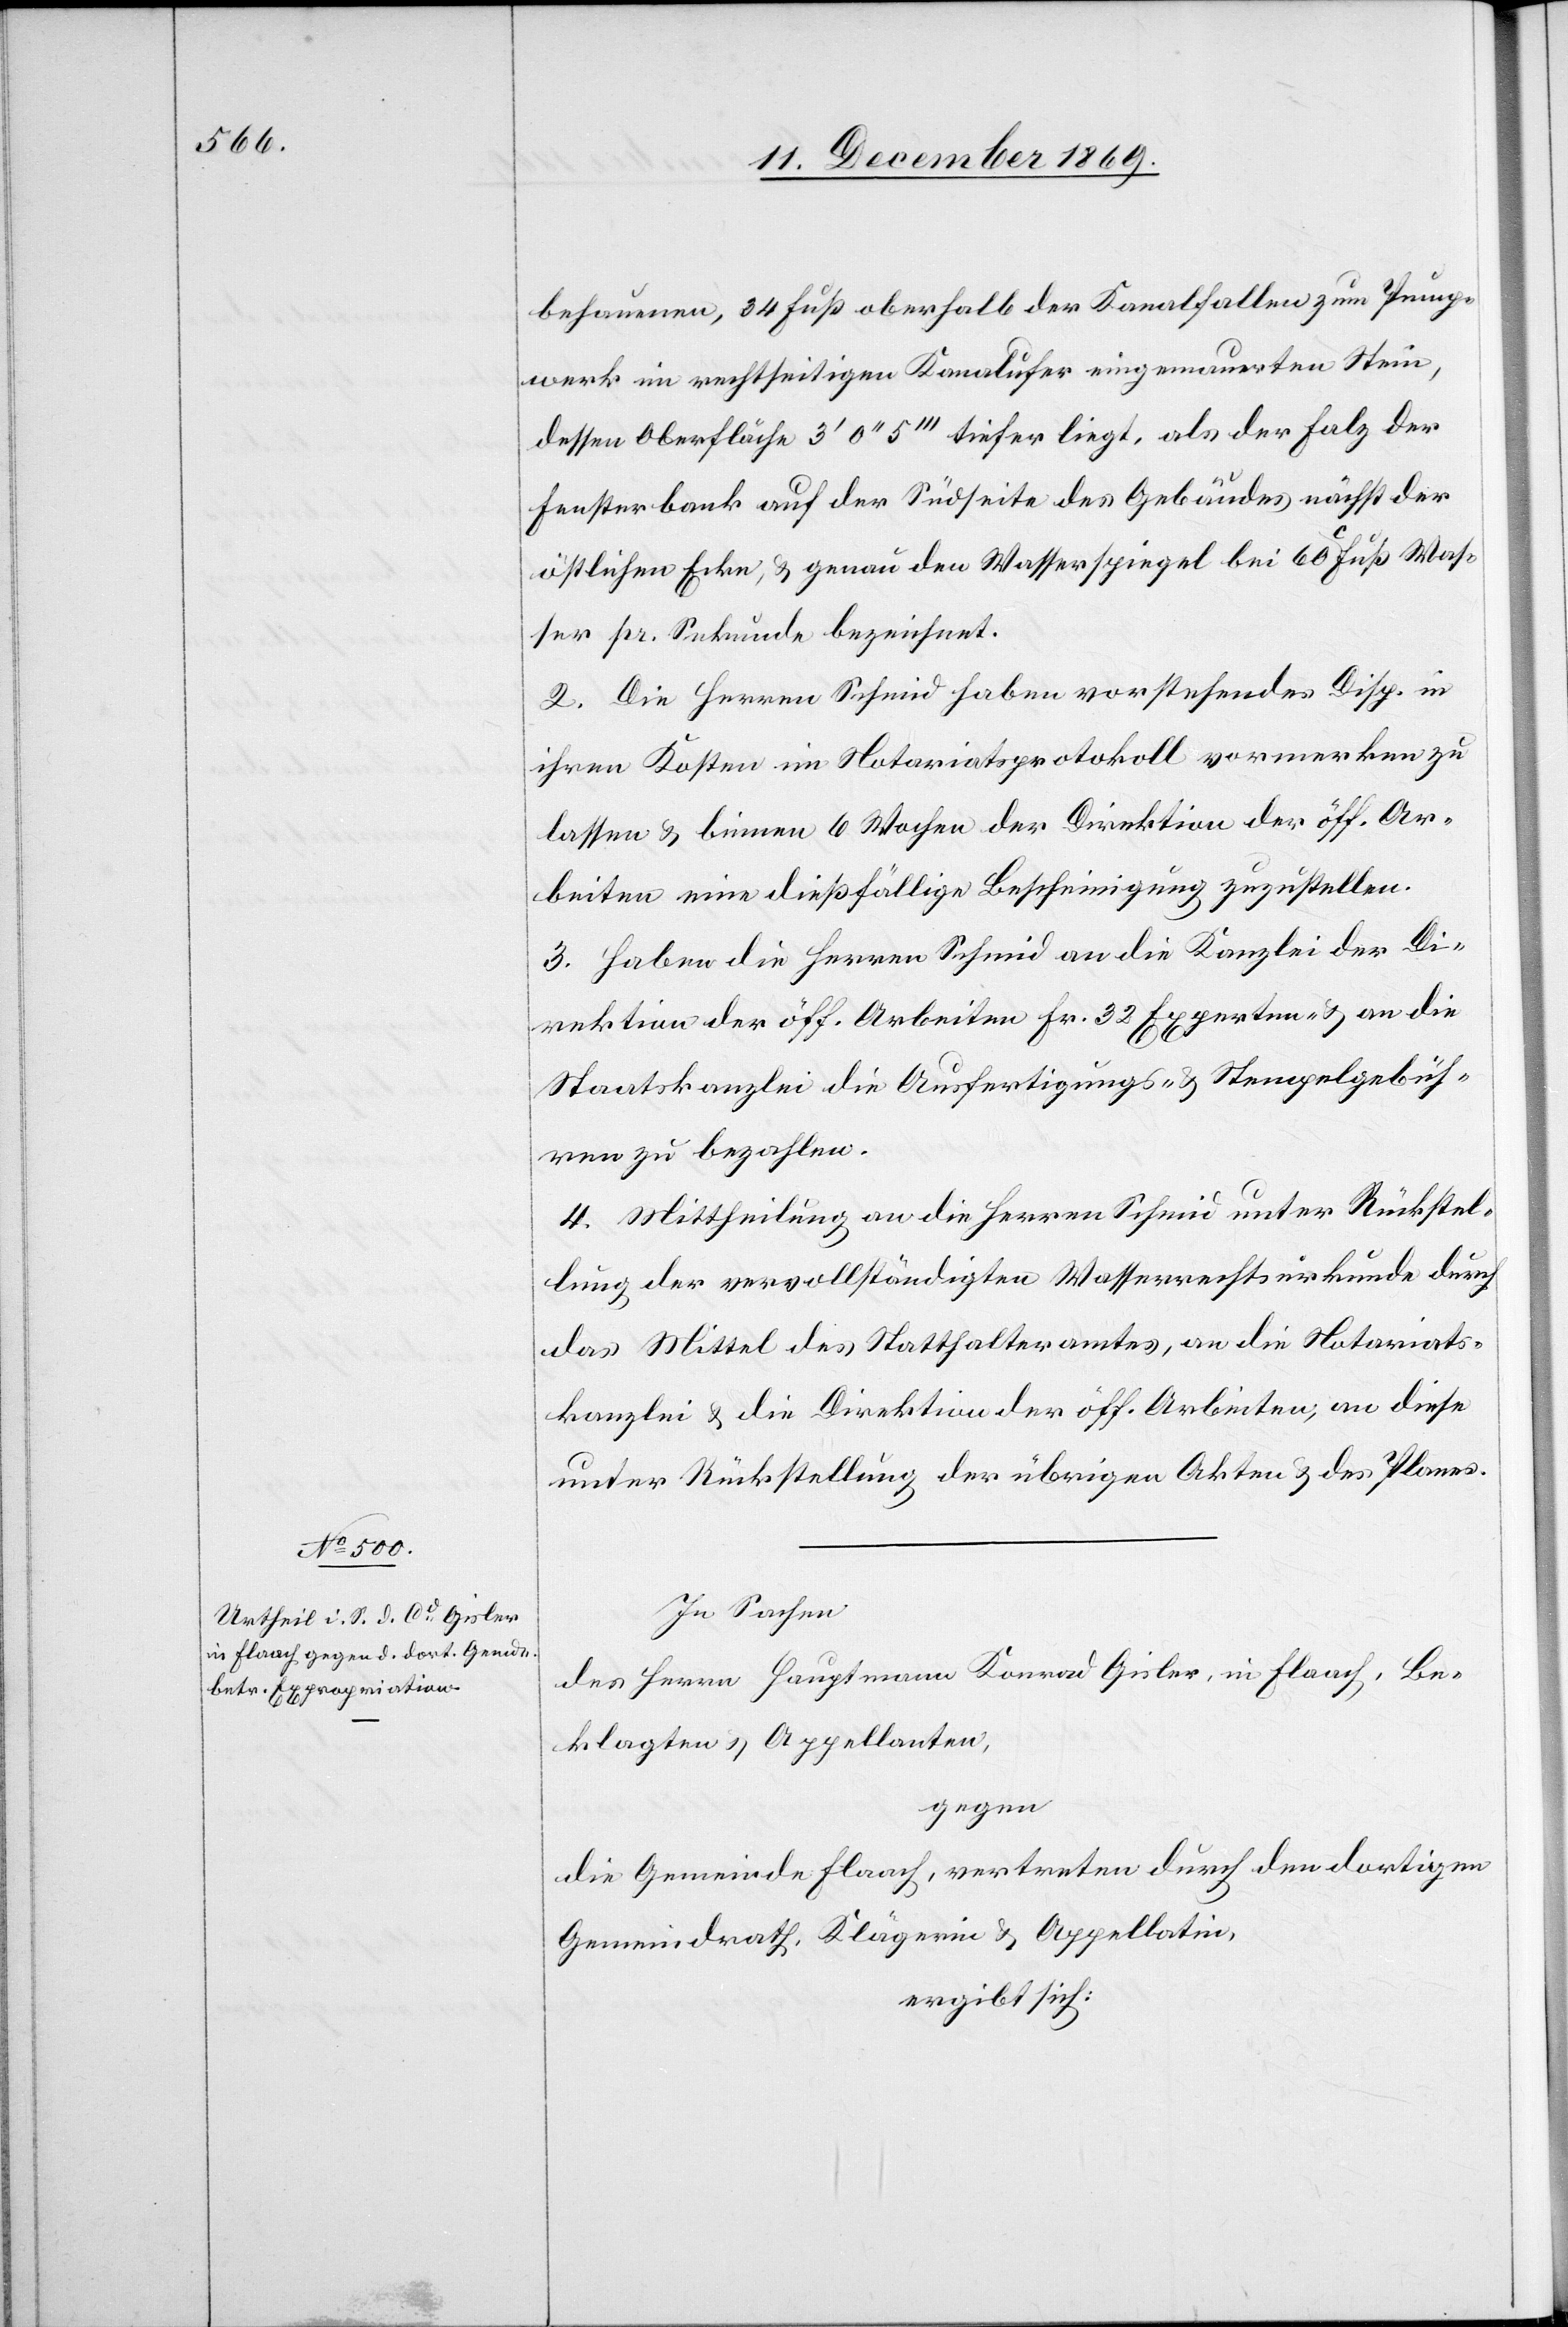
behauenen, 34 Fuß oberhalb der Kanalfallen zum Pump¬
werk im rechtseitigen Kanalufer eingemauerten Stein,
dessen Oberfläche 3‘ 0‘‘ 5‘‘‘ tiefer liegt, als der Falz der
Fensterbank auf der Südseite des Gebäudes nächst der
östlichen Ecke, & genau den Wasserspiegel bei 60 C. Fuß Was¬
ser pr. Sekunde bezeichnet.
2. Die Herren Schmid haben vorstehendes Disp. in
ihren Kosten im Notariatsprotokoll vormerken zu
lassen & binnen 6 Wochen der Direktion der öff. Ar¬
beiten eine dießfällige Bescheinigung zuzustellen.
3. Haben die Herren Schmid an die Kanzlei der Di¬
rektion der öff. Arbeiten Fr. 32 Experten- & an die
Staatskanzlei die Ausfertigungs- & Stempelgebüh¬
ren zu bezahlen.
4. Mittheilung an die Herren Schmid unter Rückstel¬
lung der vervollständigten Wasserrechtsurkunde durch
das Mittel des Statthalteramtes, an die Notariats¬
kanzlei & die Direktion der öff. Arbeiten, an diese
unter Rückstellung der übrigen Akten & des Planes.
In Sachen
des Herrn Hauptmann Konrad Gisler, in Flaach, Be¬
klagten & Appellanten,
gegen
die Gemeinde Flaach, vertreten durch den dortigen
Gemeindrath, KIägerin & Appellatin,
ergibt sich: